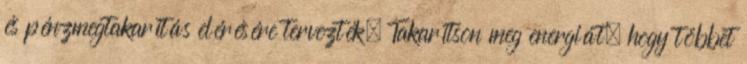
és pénzmegtakarítás elérésére tervezték. Takarítson meg energiát, hogy többet